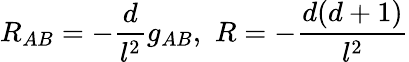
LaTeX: R_{AB}=-\frac{d}{l^{2}}g_{AB},\, \, R=-\frac{d(d+1)}{l^{2}}